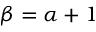
\beta = \alpha + 1